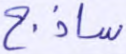
ساذج